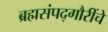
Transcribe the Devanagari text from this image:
ब्रह्मसंपद्गौरींचे